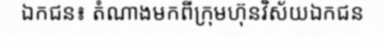
ឯកជន៖ តំណាងមកពីក្រុមហ៊ុនវិស័យឯកជន